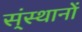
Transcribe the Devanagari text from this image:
स्ंस्थानों